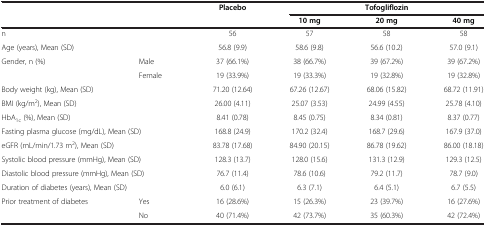
| <COLSPAN=2>  | Placebo | <COLSPAN=3> Tofogliflozin |
 | <COLSPAN=2>  |  | 10 mg | 20 mg | 40 mg |
 | --- | --- | --- | --- | --- | --- |
 | <COLSPAN=2> n | 56 | 57 | 58 | 58 |
 | <COLSPAN=2> Age (years), Mean (SD) | 56.8 (9.9) | 58.6 (9.8) | 56.6 (10.2) | 57.0 (9.1) |
 | <ROWSPAN=2> Gender, n (%) | Male | 37 (66.1%) | 38 (66.7%) | 39 (67.2%) | 39 (67.2%) |
 | Female | 19 (33.9%) | 19 (33.3%) | 19 (32.8%) | 19 (32.8%) |
 | <COLSPAN=2> Body weight (kg), Mean (SD) | 71.20 (12.64) | 67.26 (12.67) | 68.06 (15.82) | 68.72 (11.91) |
 | <COLSPAN=2> BMI (kg/m2), Mean (SD) | 26.00 (4.11) | 25.07 (3.53) | 24.99 (4.55) | 25.78 (4.10) |
 | <COLSPAN=2> HbA1c (%), Mean (SD) | 8.41 (0.78) | 8.45 (0.75) | 8.34 (0.81) | 8.37 (0.77) |
 | <COLSPAN=2> Fasting plasma glucose (mg/dL), Mean (SD) | 168.8 (24.9) | 170.2 (32.4) | 168.7 (29.6) | 167.9 (37.0) |
 | <COLSPAN=2> eGFR (mL/min/1.73 m2), Mean (SD) | 83.78 (17.68) | 84.90 (20.15) | 86.78 (19.62) | 86.00 (18.18) |
 | <COLSPAN=2> Systolic blood pressure (mmHg), Mean (SD) | 128.3 (13.7) | 128.0 (15.6) | 131.3 (12.9) | 129.3 (12.5) |
 | <COLSPAN=2> Diastolic blood pressure (mmHg), Mean (SD) | 76.7 (11.4) | 78.6 (10.6) | 79.2 (11.7) | 78.7 (9.0) |
 | <COLSPAN=2> Duration of diabetes (years), Mean (SD) | 6.0 (6.1) | 6.3 (7.1) | 6.4 (5.1) | 6.7 (5.5) |
 | Prior treatment of diabetes | Yes | 16 (28.6%) | 15 (26.3%) | 23 (39.7%) | 16 (27.6%) |
 |  | No | 40 (71.4%) | 42 (73.7%) | 35 (60.3%) | 42 (72.4%) |